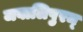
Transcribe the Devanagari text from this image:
जबालिपुरम्